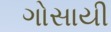
ગોસાયી